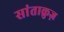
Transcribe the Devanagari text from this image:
सांताक्रुज़